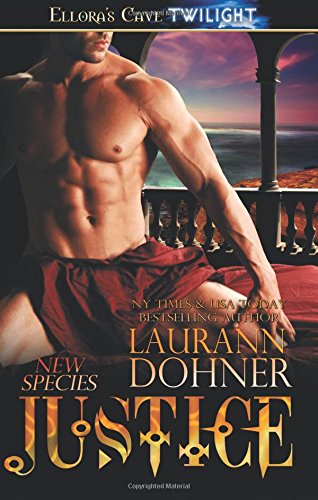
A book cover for Justice (New Species) (Volume 4); Laurann Dohner; Romance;